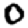
Digit: 0